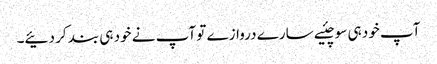
آپ خود ہی سوچئیے سارے دروازے تو آپ نے خود ہی بند کر دئیے۔